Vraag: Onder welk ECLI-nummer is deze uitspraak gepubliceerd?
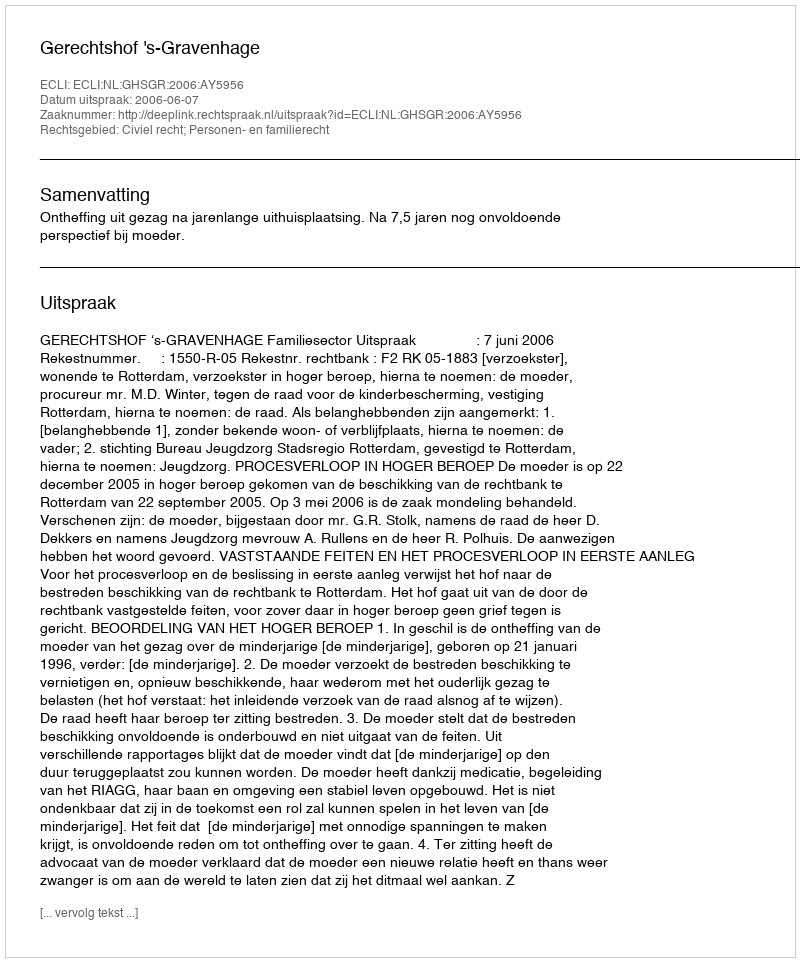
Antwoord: ECLI:NL:GHSGR:2006:AY5956